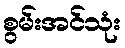
စွမ်းအင်သုံး